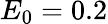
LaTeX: E_{0}=0.2